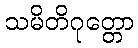
သမိတိဂုတ္တော